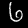
Label: 6